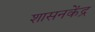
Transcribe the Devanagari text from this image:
शासनकेंद्र